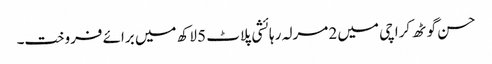
حسن گوٹھ کراچی میں 2 مرلہ رہائشی پلاٹ 5 لاکھ میں برائے فروخت۔